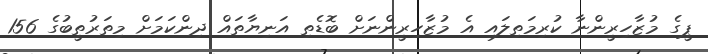
ޕީގެ މުޒާހިރީންނާ ކުރިމަތިލައި އެ މުޒާހިރީންނަށް ބޮޑެތި އަނިޔާތައް ދިންކަމަށް މިތަރުތީބުގެ 156